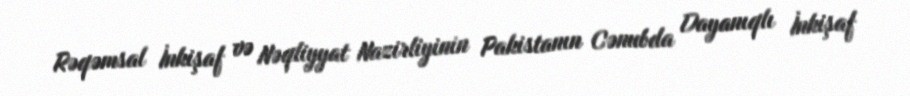
Rəqəmsal İnkişaf və Nəqliyyat Nazirliyinin Pakistanın Cənubda Dayanıqlı İnkişaf